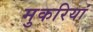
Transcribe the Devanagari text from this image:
मुकरियां